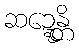
ဆဍ္ဍေန္တိ